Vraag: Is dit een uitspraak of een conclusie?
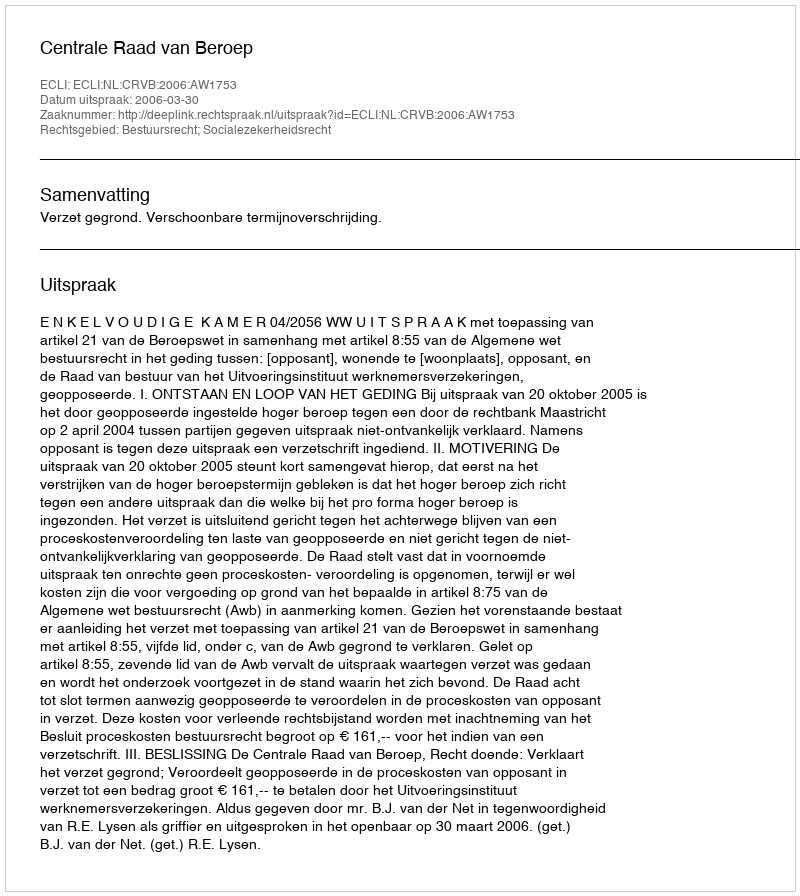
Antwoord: Uitspraak